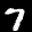
Label: 7